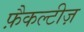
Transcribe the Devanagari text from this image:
फ़ैकल्टीज़